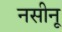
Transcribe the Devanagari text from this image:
नसीनू